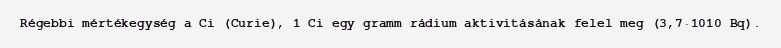
Régebbi mértékegység a Ci (Curie), 1 Ci egy gramm rádium aktivitásának felel meg (3,7·1010 Bq).